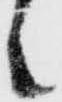
々